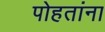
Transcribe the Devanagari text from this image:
पोहतांना